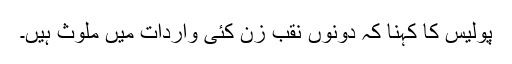
پولیس کا کہنا کہ دونوں نقب زن کئی واردات میں ملوث ہیں۔